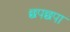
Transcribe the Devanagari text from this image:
छपछपा